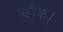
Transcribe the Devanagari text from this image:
चौक।